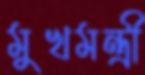
মুখমন্ত্রী